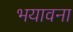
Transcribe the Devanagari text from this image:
भयावना